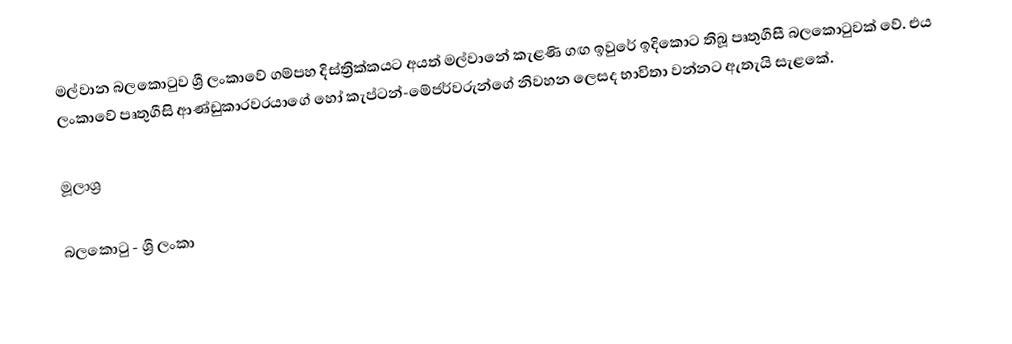
මල්වාන බලකොටුව ශ්‍රී ලංකාවේ ගම්පහ දිස්ත්‍රික්කයට අයත් මල්වානේ කැළණි ගඟ ඉවුරේ ඉදිකොට තිබූ පෘතුගීසී බලකොටුවක් වේ. එය ලංකාවේ පෘතුගීසි ආණ්ඩුකාරවරයාගේ හෝ කැප්ටන්-මේජර්වරුන්ගේ නිවහන ලෙසද භාවිතා වන්නට ඇතැයි සැළකේ.

මූලාශ්‍ර

බලකොටු - ශ්‍රී ලංකා